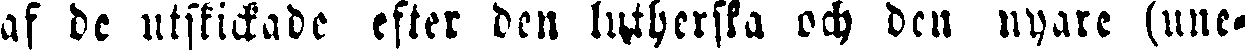
af de utskickade efter den lutherska och den nyare (une-